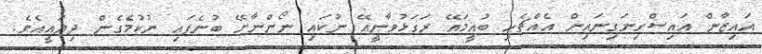
އައިޒާން އައިސްގިނަގިނައިން އެއްޗެހި ބުއީމައޭ ރަގަޅުވާނީއޭ ނުކައި ނޯންނާށޭ ބުނެފައި ނުކުމެގެން ދިޔައީއެވެ.